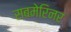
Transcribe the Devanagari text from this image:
सबमेरिनर